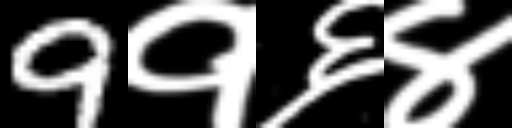
Text: 9१६४